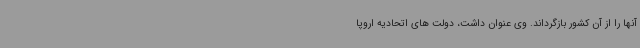
آنها را از آن کشور بازگرداند. وی عنوان داشت، دولت های اتحادیه اروپا